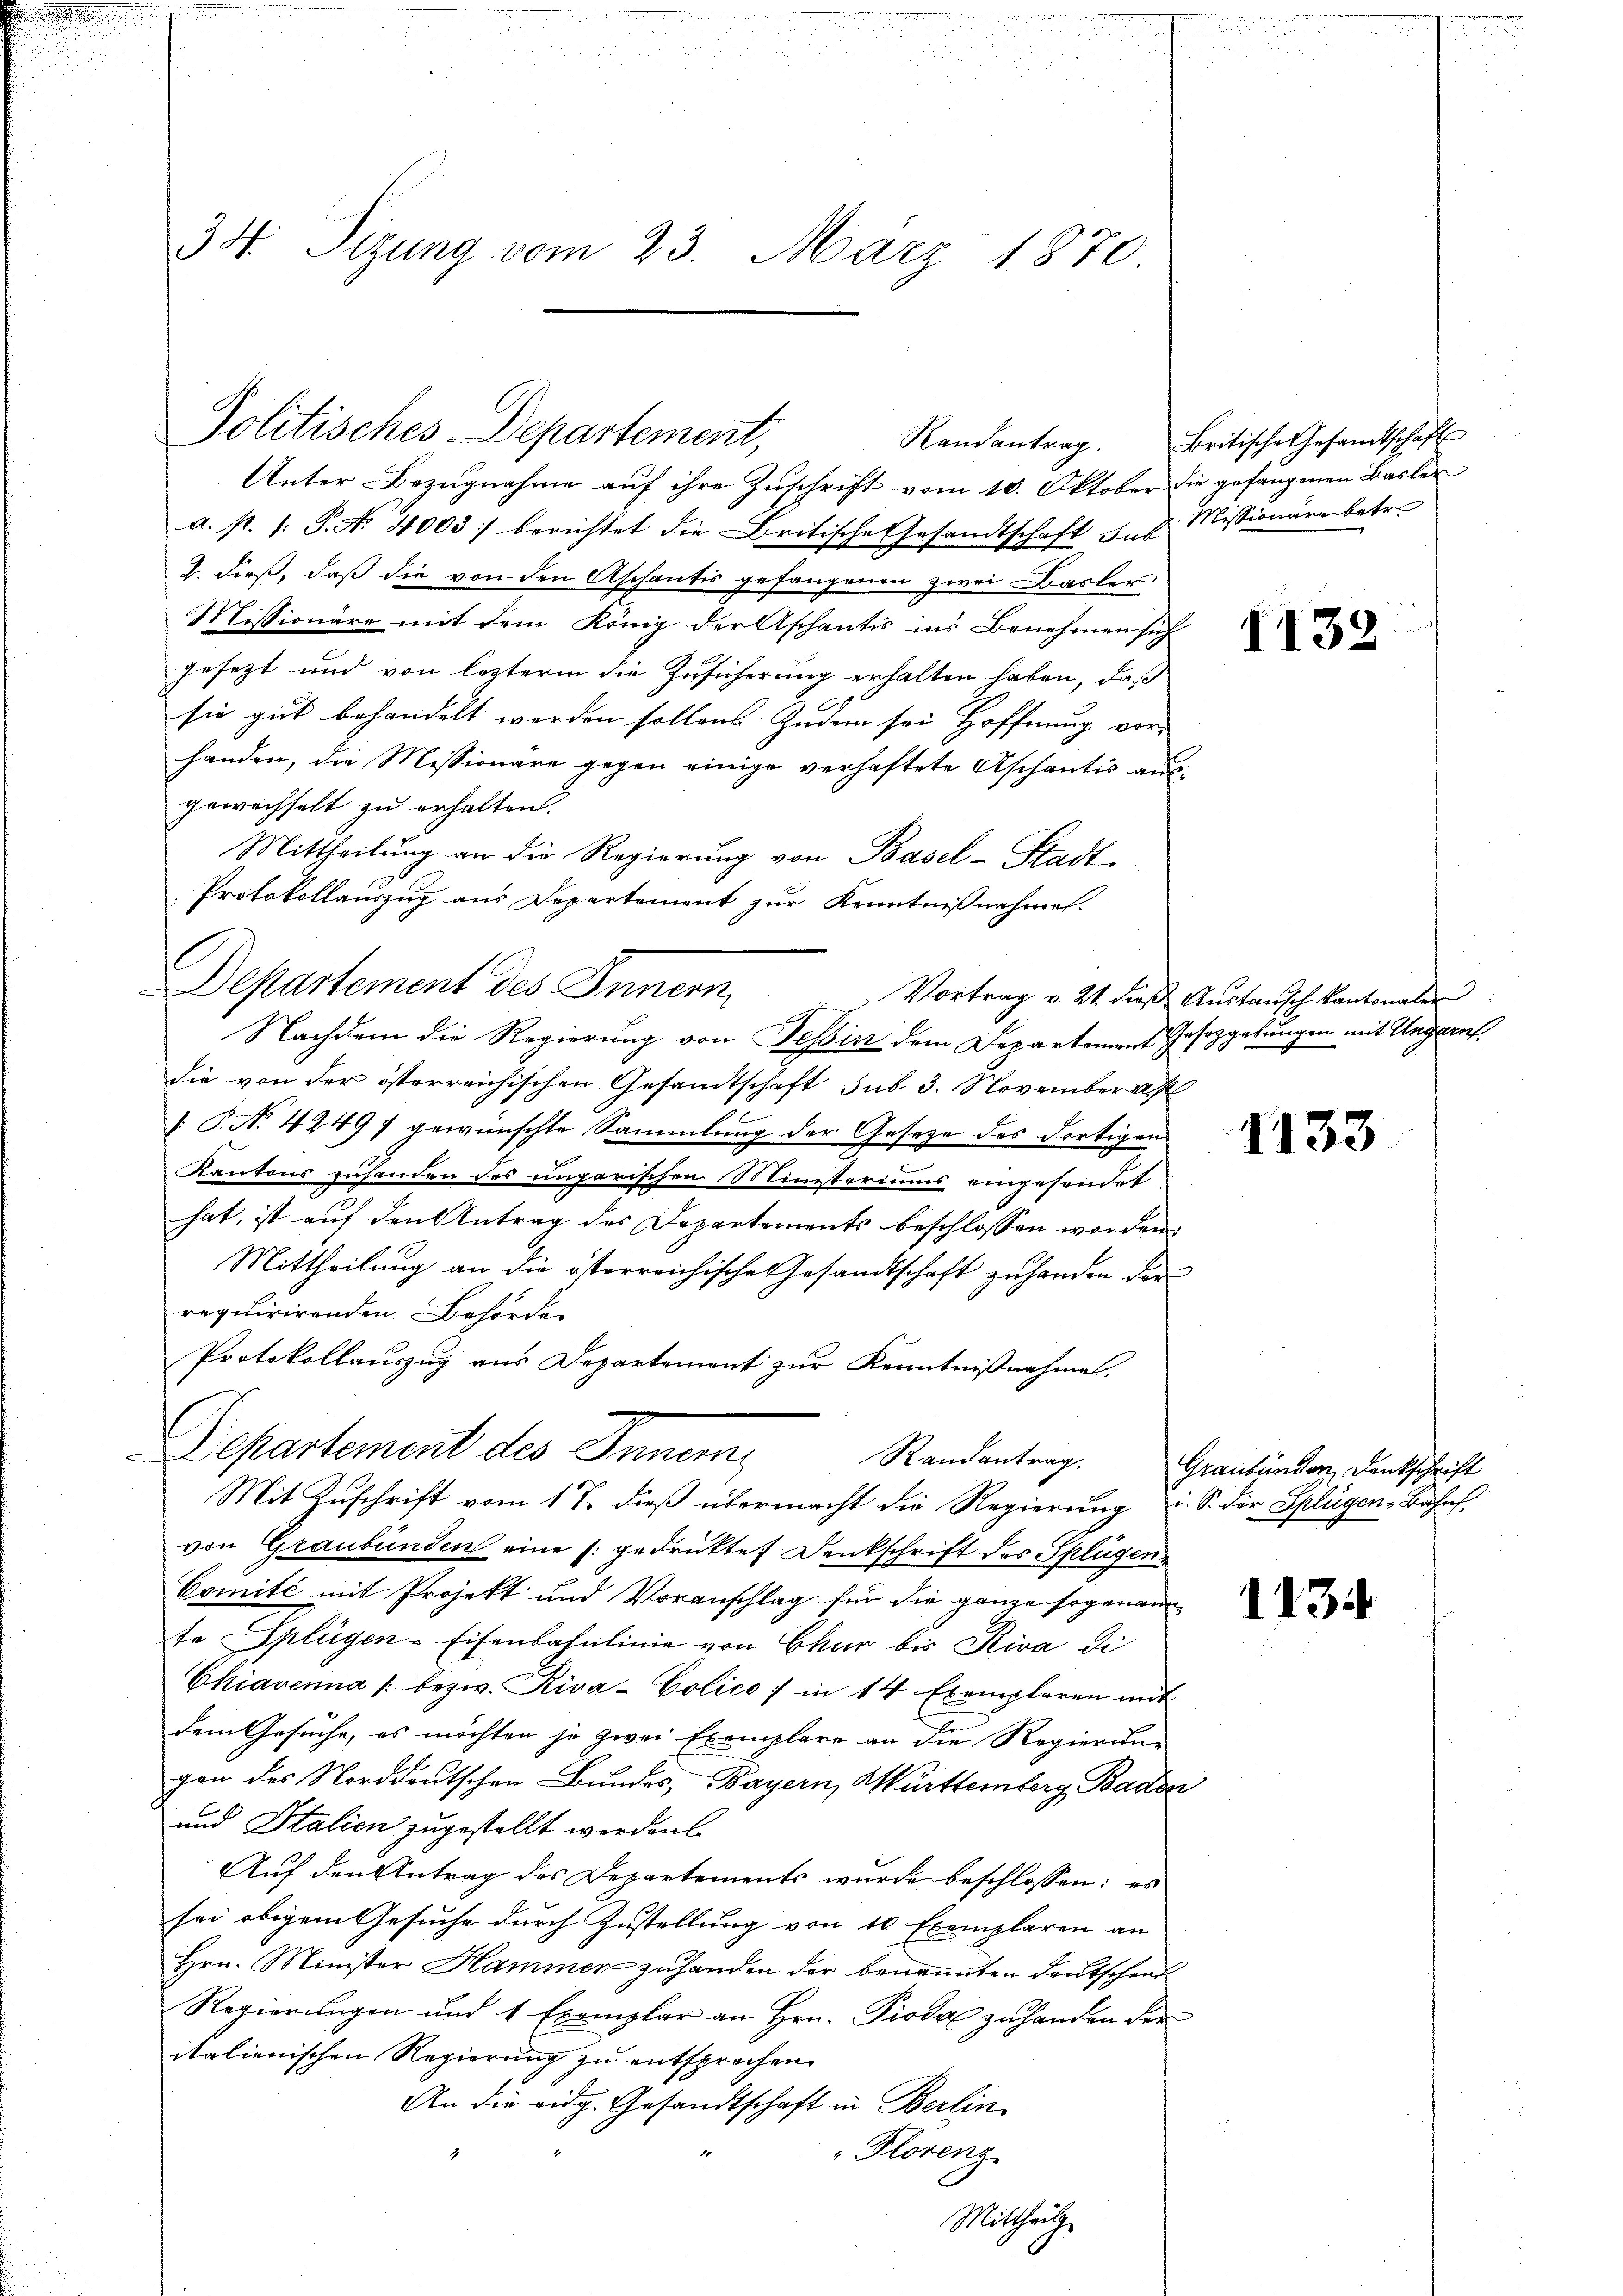
34. Sizung vom 23. März 1870.

Politisches Departement,

Unter Bezŭgnahme aŭf ihre Zŭschrift vom 10. Oktober die gefangenen Basler
a. p. 1. P. N. 4003) berichtet die Britische Gesandtschaft ins Missionäre betr.
b. dieß, daß die von den Aschantis gefangenen zwei Basler
Missionäre mit dem König der Aschantis ins Benehmen sich
gesetzt und von lezterm die Zusicherung erhalten haben, daß
sie gut behandelt werden sollen. Zudem sei Hoffnung ver-
handen, die Messionäre gegen einige verhaftete Aschantis ausgewechselt zu erhalten.
Mittheilung an die Regierung von Basel-Stadt-
Protokollauszug aus Departement zur Kenntnißnahmen.
Departement des Innern,
Nachdem die Regierung von Tessin dem Departement Jasezgebungen mit Ungern.
die von der österreichischen Gesandtschaft sub 3. November a
. P. No 42497 gewünschte Sammlung der Gesetze des dortigen
Kantons zuhanden des ungarischen Ministeriums eingesondet
hat, ist auf den Antrag des Departements beschlossen worden.
Mittheilung an die österreichische Gesandtschaft zuhanden die
requirirenden Behörde
Protokollauszug aus Departement zur Kenntnißnahme.
Departement des Inner
Randantrag.
Mit Zuschrift vom 17. dieß übermacht die Regierung u. S. der Splügen, Bahnf
von Graubünden eine s. gedrükte Denkschrift des Splügen
Comité mit Projekt und Voranschlag für die ganze sogenannta Splügen-Eisenbahnlinie von Chur bis Riva di
Chiavenna /: bezw. Riva-Colico / in 14 Exemplaren mit
dem Gesuche, es möchten je zwei Exemplare an die Regierung
gen des Norddeutschen Bundes, Bayern, Württemberg Baden
und Stalien zugestellt werden
Auf den Antrag des Departements wurde beschlossen: es
sei obigem Gesuche durch Zustellung von 10 Exemplaren an
Hrn. Minister Hammer zŭ handen der benannten Deutschent
Regierungen und 1 Exemplar an Hrn. Pistal zu handen der
italienischen Regierung zu entsprochen.
An die eidg. Gesandtschaft in Berlin
Florenz
Mittheilg.

Randantrag. Britische Gesamtschaft

1138

Vortrag v. 21. dieβ Aŭstaŭsch kantonaler

1133

Graubünden Dankschrift

1134